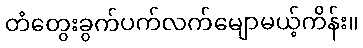
တံတွေးခွက်ပက်လက်မျောမယ့်ကိန်း။